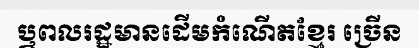
ឬពលរដ្ឋមានដើមកំណើតខ្មែរ ច្រើន